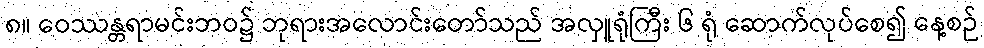
၈။ ဝေဿန္တရာမင်းဘဝ၌ ဘုရားအလောင်းတော်သည် အလှူရုံကြီး ၆ ရုံ ဆောက်လုပ်စေ၍ နေ့စဉ်